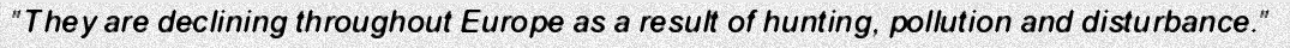
"They are declining throughout Europe as a result of hunting, pollution and disturbance."